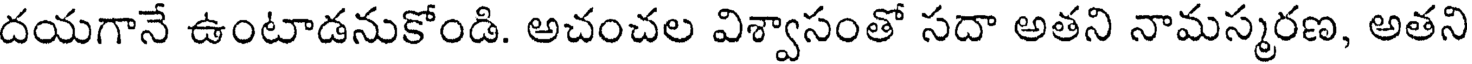
దయగానే ఉంటాడనుకోండి. అచంచల విశ్వాసంతో సదా అతని నామస్మరణ, అతని